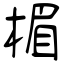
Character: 楣